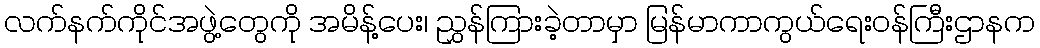
လက်နက်ကိုင်အဖွဲ့တွေကို အမိန့်ပေး၊ ညွှန်ကြားခဲ့တာမှာ မြန်မာကာကွယ်ရေးဝန်ကြီးဌာနက